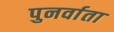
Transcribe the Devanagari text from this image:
पुनर्वाता